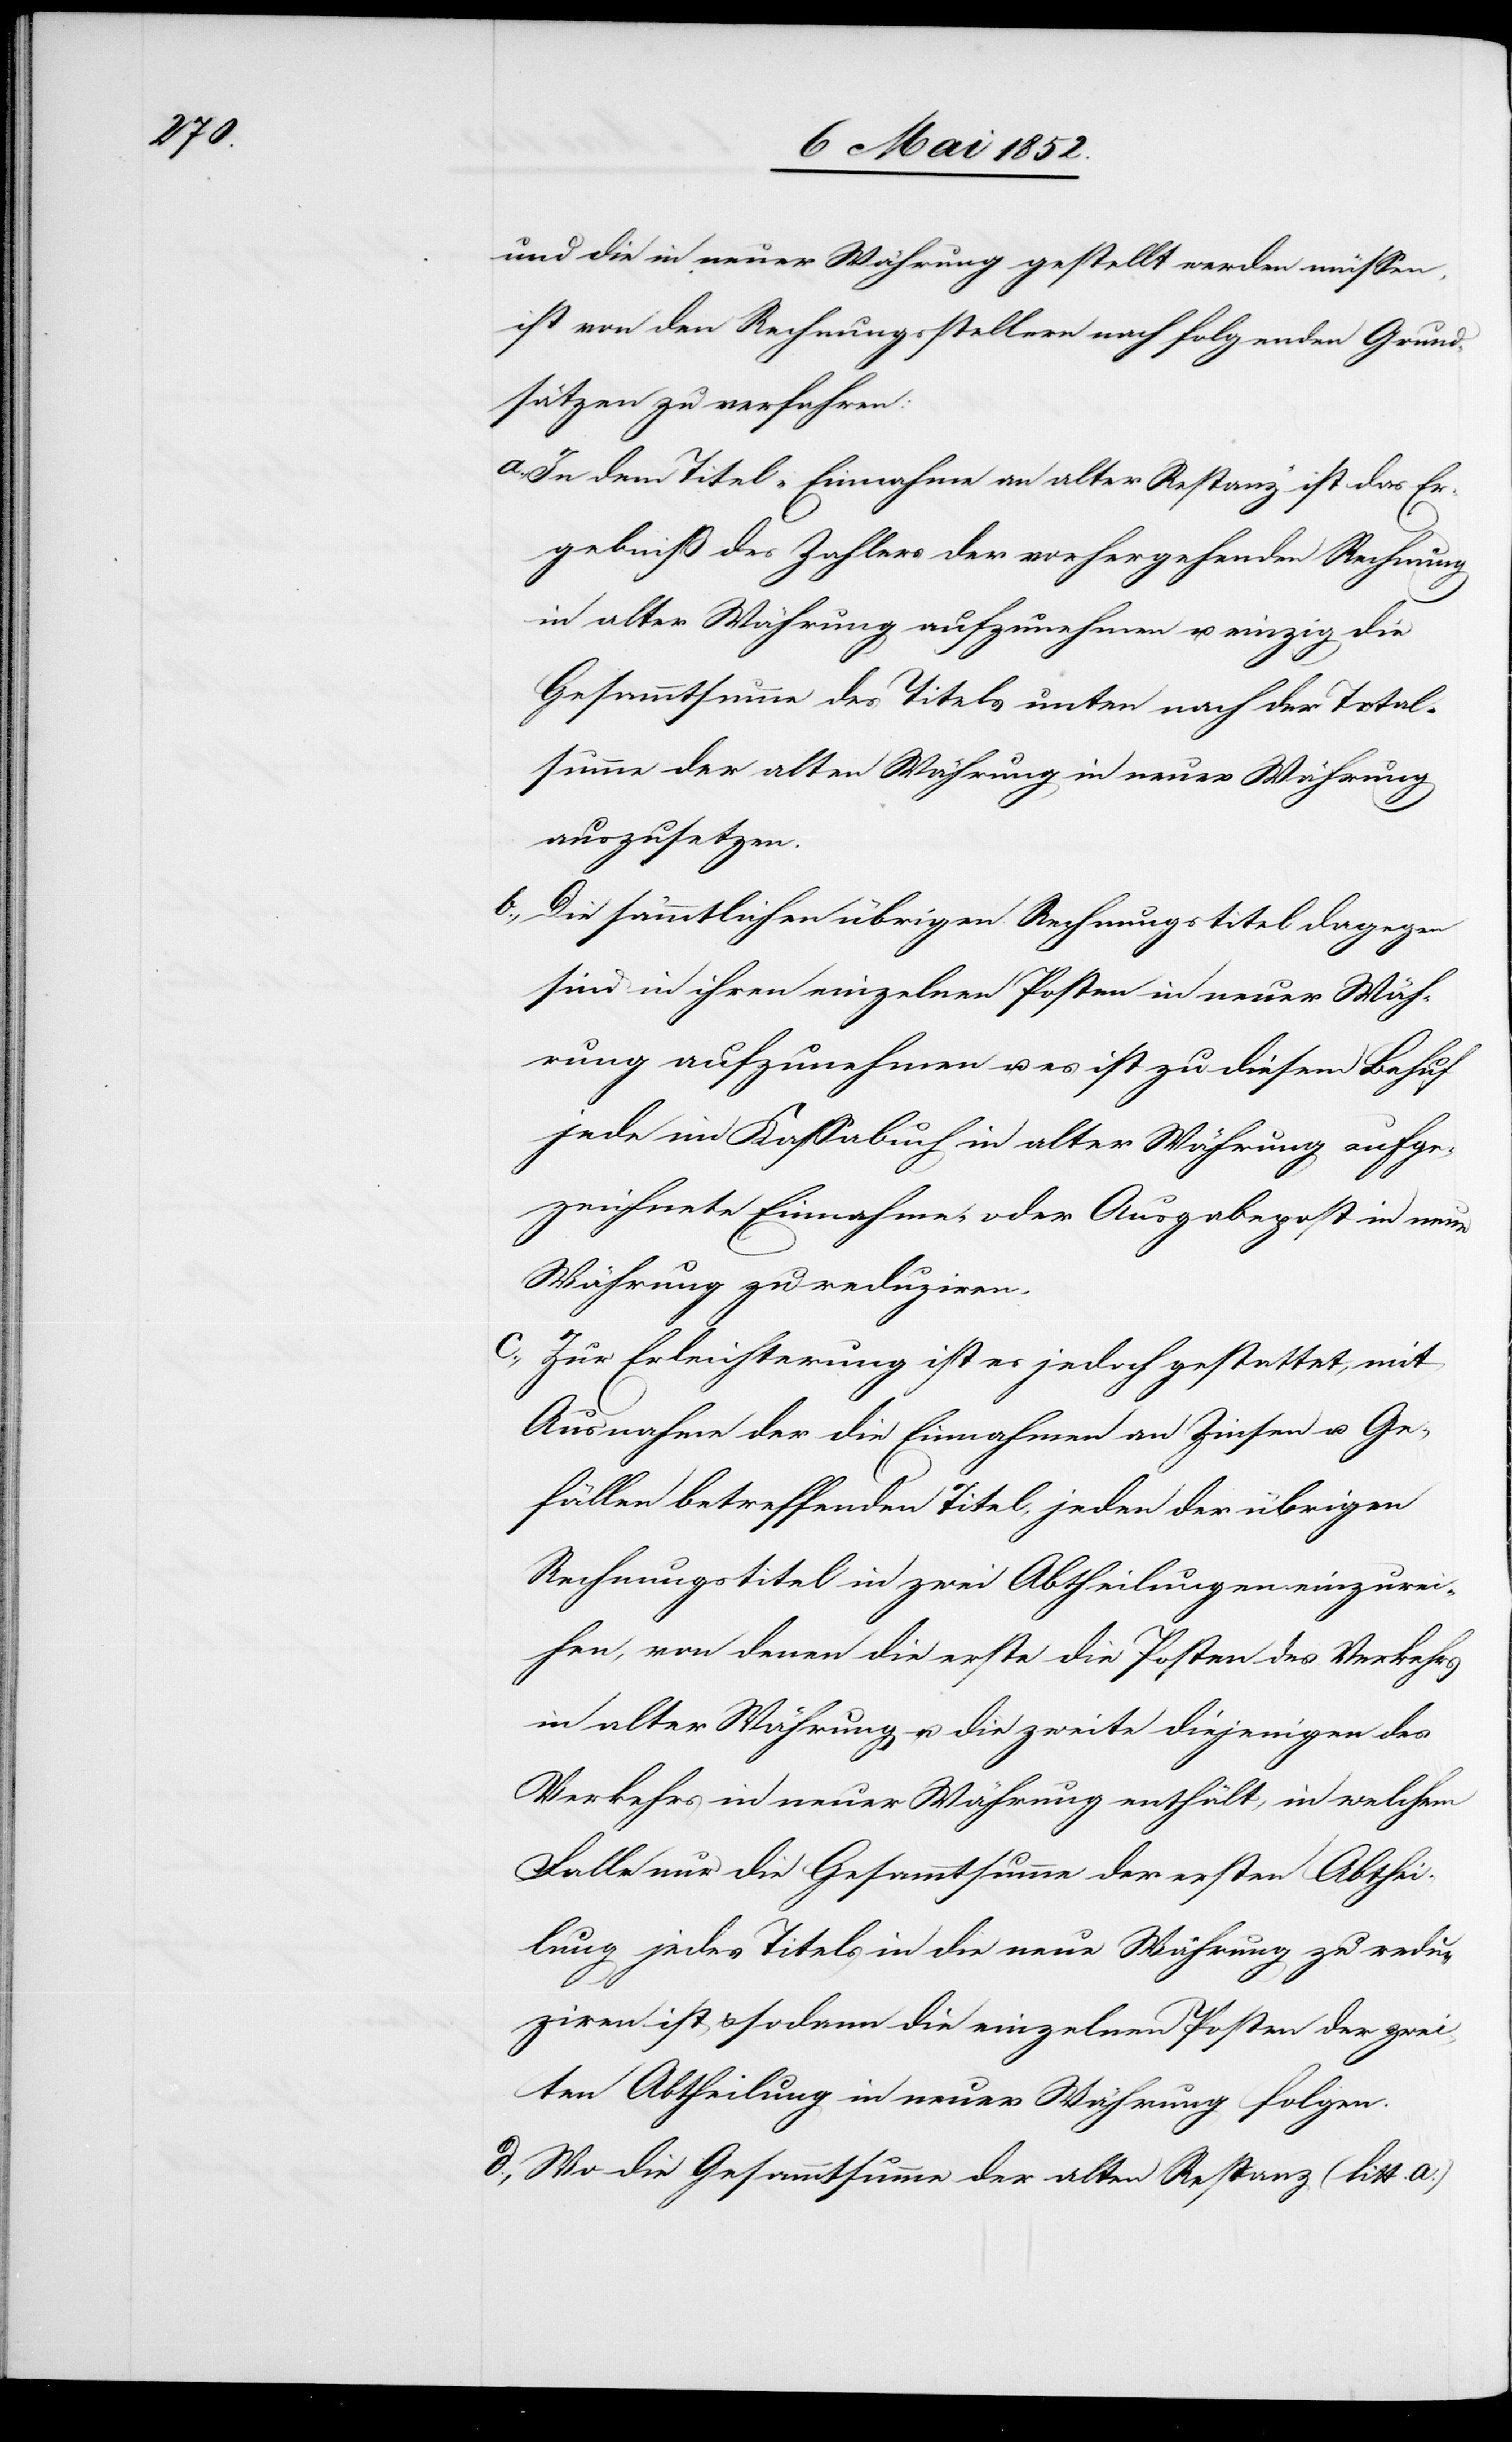
und die in neuer Währung gestellt werden müssen,
ist von den Rechnungsstellern nach folgenden Grund¬
sätzen zu verfahren:
In dem Titel „Einnahme an alter Restanz“ ist das Er¬
gebniß des Zahlers der vorhergehenden Rechnung
in alter Währung aufzunehmen u. einzig die
Gesammtsumme des Titels unten nach der Total¬
summe der alten Währung in neuer Währung
auszusetzen.
Die sämmtlichen übrigen Rechnungstitel dagegen
sind in ihren einzelnen Posten in neuer Wäh¬
rung aufzunehmen u. es ist zu diesem Behuf
jede im Kassabuch in alter Währung aufge¬
zeichnete Einnahme- oder Ausgabepost in neue
Währung zu reduziren.
Zur Erleichterung ist es jedoch gestattet, mit
Ausnahme der die Einnahmen an Zinsen u. Ge¬
fällen betreffenden Titel, jeden der übrigen
Rechnungstitel in zwei Abtheilungen einzurei¬
hen, von denen die erste die Posten des Verkehrs
in alter Währung u. die zweite diejenigen des
Verkehrs in neuer Währung enthält, in welchem
Falle nur die Gesammtsumme der ersten Abthei¬
lung jedes Titels in die neue Währung zu redu¬
ziren ist & sodann die einzelnen Posten der zwei¬
ten Abtheilung in neuer Währung folgen.
Wo die Gesammtsumme der alten Restanz (litt. a.)